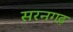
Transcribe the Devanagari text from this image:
सरनगढ़